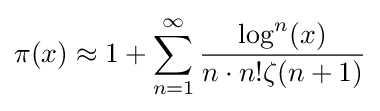
\pi (x)\approx 1+\sum _{n=1}^{\infty }{\frac {\log ^{n}(x)}{n\cdot n!\zeta (n+1)}}